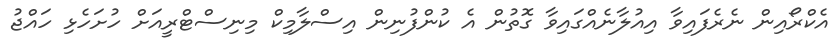
އެކްރޯއިން ނެރެފައިވާ އިއުލާނެއްގައިވާ ގޮތުން އެ ކުންފުނިން އިސްލާމިކް މިނިސްޓްރީއަށް ހުށަހެޅި ހައްޖު